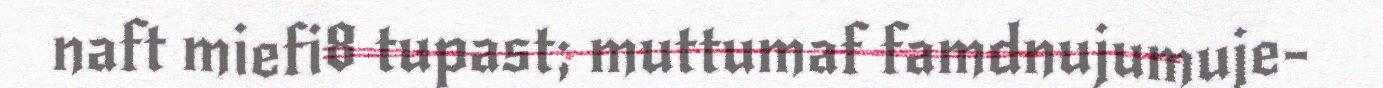
naft miefi8 tupast; muttumaf famdnujumuje-